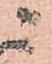
ニ